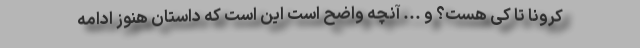
کرونا تا کی هست؟ و ... آنچه واضح است این است که داستان هنوز ادامه